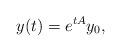
LaTeX: \begin{align*}y(t)=e^{tA}y_0,\end{align*}